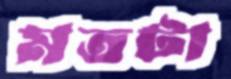
মতটা